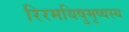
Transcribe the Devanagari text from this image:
रिरमयिषुमृष्यस्य